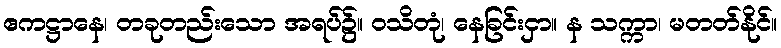
ဧကဋ္ဌာနေ၊ တခုတည်းသော အရပ်၌။ ဝသိတုံ၊ နေခြင်းငှာ။ န သက္ကာ၊ မတတ်နိုင်။